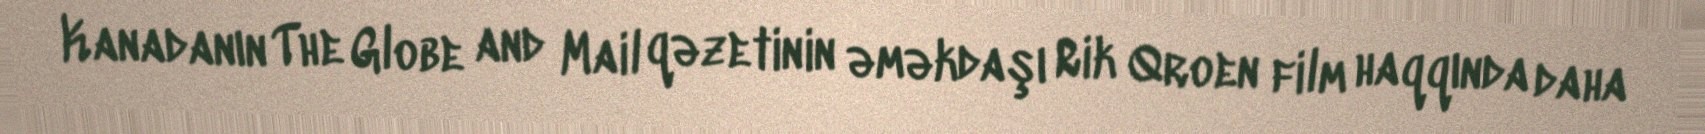
Kanadanın The Globe and Mail qəzetinin əməkdaşı Rik Qroen film haqqında daha